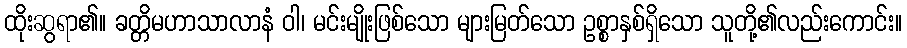
ထိုးဆွရာ၏။ ခတ္တိမဟာသာလာနံ ဝါ၊ မင်းမျိုးဖြစ်သော များမြတ်သော ဥစ္စာနှစ်ရှိသော သူတို့၏လည်းကောင်း။